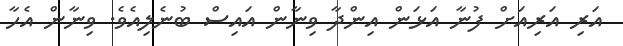
އަރި އަރިއަށް ފުނާ އަޅަން އިންދާ ވިނާން އައިސް ބުނެލިއެވެ. ވިނާން އެހާ